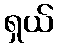
ရှယ်